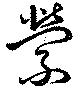
縈